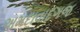
અમદાવાદગજ